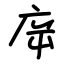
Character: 㡿